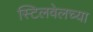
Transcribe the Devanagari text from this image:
स्टिलवेलच्या